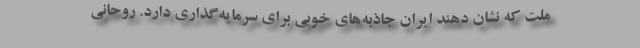
ملت‌ که نشان دهند ایران جاذبه‌های خوبی برای سرمایه‌گذاری دارد. روحانی